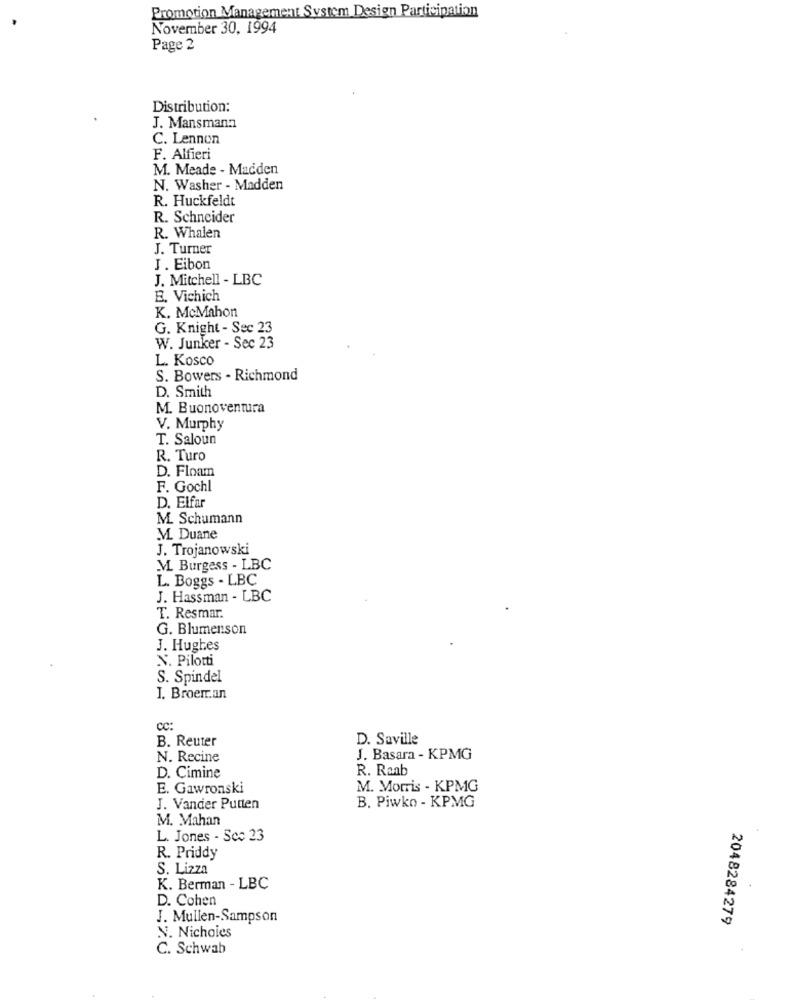
Promotion Management System Design Participation
November 30, 1994
Page 2
Distribution:
J. Mansmann
C. Lennon
F. Alfieri
M. Meade - Madden
N. Washer - Madden
R. Huckfeldt
R. Schneider
R. Whalen
J. Turner
J . Eibon
J. Mitchell - LBC
E. Vichich
K. McMahon
G. Knight - Sec 23
W. Junker - Sec 23
L. Kosco
S. Bowers - Richmond
D. Smith
M. Buonoventura
V. Murphy
T. Saloun
R. Turo
D. Floam
F. Gochl
D. Elfar
M. Schumann
M. Duane
J. Trojanowski
M. Burgess - LBC
L. Boggs - LBC
J. Hassman - LBC
T. Resmar.
G. Blumenson
J. Hughes
N. Pilotti
S. Spindel
I. Broerr.an
CC:
B. Reuter
D. Saville
N. Recine
J. Basara - KPMG
R. Raab
D. Cimine
E. Gawronski
M. Morris - KPMG
B. Piwko - KPMG
J. Vander Putten
M. Mahan
L. Jones - Sco 23
R. Priddy
S. Lizza
K. Berman - LBC
D. Cohen
J. Mullen-Sampson
2048284279
N. Nichoies
C. Schwab